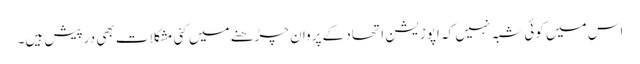
اس میں کوئی شبہ نہیں کہ اپوزیشن اتحاد کے پروان چڑھنے میں کئی مشکلات بھی درپیش ہیں۔